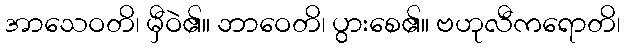
အာသေဝတိ၊ မှီဝဲ၏။ ဘာဝေတိ၊ ပွားစေ၏။ ဗဟုလီကရောတိ၊